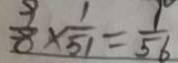
\frac { 9 } { 8 } \times \frac { 1 } { 5 1 } = \frac { 1 } { 5 6 }